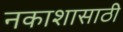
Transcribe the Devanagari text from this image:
नकाशासाठी